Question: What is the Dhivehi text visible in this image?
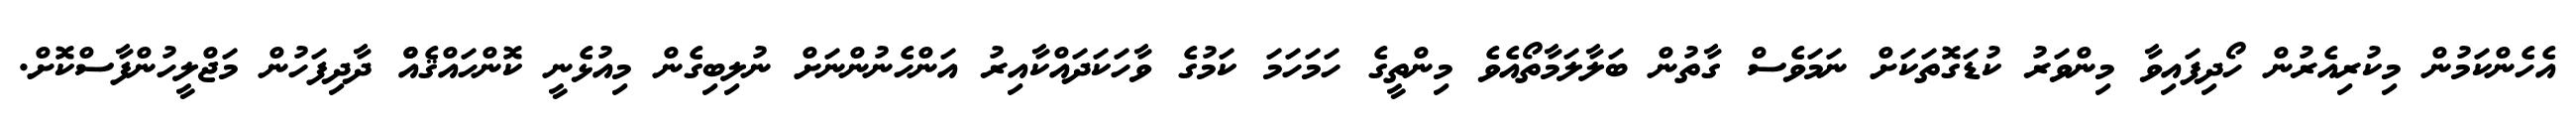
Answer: އެހެންކަމުން މިކުރިއެރުން ހޯދިފައިވާ މިންވަރު ކުޑަގޮތަކަށް ނަމަވެސް ގާތުން ބަލާލަމާތޯއެވެ މިންތީގެ ހަމަހަމަ ކަމުގެ ވާހަކަދައްކާއިރު އަންހެނުންނަށް ނުލިބިގެން މިއުޅެނީ ކޮންހައްޤެއްް ދާދިފަހުން މަޖްލީހުންފާސްކޮށް.